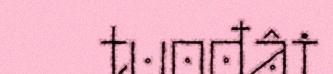
tuođâi